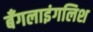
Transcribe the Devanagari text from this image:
बँगलाइंगलिश